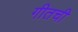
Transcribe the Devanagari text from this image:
गीतची